Papaver somniferum - Opium : an extract from the sixth volume of the Dictionary of Economic Products of India
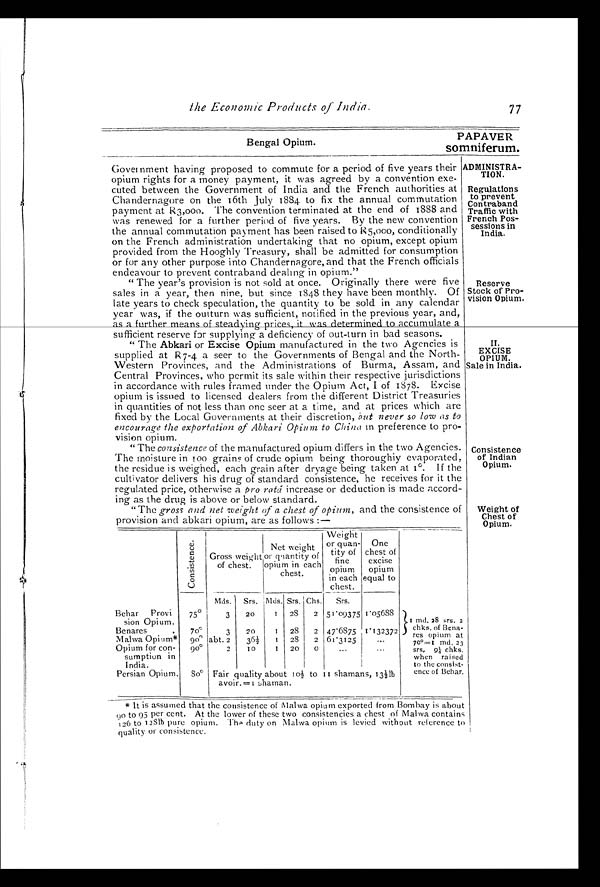
Bengal Opium.
PAPAVER
somniferum.
the Economic Products of India.
77
Government having proposed to commute for a period of five years their
opium rights for a money payment, it was agreed by a convention exe
-cuted between the Government of India and the French authorities at
Chandernagore on the 16th July 1884. to fix the annual commutation
payment at R3,000. The convention terminated at the end of 1888 and
was renewed for a further period of five years. By the new convention
the annual commutation payment has been raised to R5,000, conditionally
on the French administration undertaking that no opium, except opium
provided from the Hooghly Treasury, shall be admitted for consumption
or for any other purpose into Chandernagore, and that the French officials
endeavour to prevent contraband dealing in opium."
"The year's provision is not sold at once. Originally there were five
sales in a year, then nine, but since 1848 they have been monthly. Of
late years to check speculation, the quantity to be sold in any calendar
year was, if the outturn was sufficient, notified in the previous year, and,
as a further means of steadying prices, it was determined to accumulate a
sufficient reserve for supplying a deficiency of out-turn in bad seasons.
ADMINISTRA-
TION.
Regulations
to prevent
Contraband
Traffic with
French Po
s-sessions in
India.
Reserve
Stock of Pro-
vision Opium.
"The Abkari or Excise Opium manufactured in the two Agencies is
supplied at R7-4 a seer to the Governments of Bengal and the North-
Western Provinces, and the Administrations of Burma, Assam, and
Central Provinces, who permit its sale within their respective jurisdictions
in accordance with rules framed under the Opium Act, I of 1878. Excise
opium is issued to licensed dealers from the different District Treasuries
in quantities of not less than one seer at a time, and at prices which are
fixed by the Local Governments at their discretion, but never so low as to
encourage the exportation of Abkari Opium to China in preference to pro
-vision opium.
"The consistence of the manufactured opium differs in the two Agencies.
The moisture in 100 grains of crude opium being thoroughiy evaporated,
the residue is weighed, each grain after dryage being taken at 1°. If the
cultivator delivers his drug of standard consistence, he receives for it the
regulated price, otherwise a pro ratá increase or deduction is made accord
-ing as the drug is above or below standard.
II. EXCISE
OPIUM.
Sale in India.
Consistence
of Indian
Opium.
"The gross and net weight of a chest of opium, and the consistence of
provision and abkari opium, are as follows :—
C o n s i s t e n c e .
Gross weig h t
''
of chest.
Net weight
or quantity of
opium in each
chest.
Weight
or quan-
tity of
fine
opium
in each
chest.
One
chest of
excise of
opium
equal to
1 md. 28 srs. 2
chks. of Bena-
res opium at
70° =1 md. 23
srs,
9 ⅛ c h k s .
when raised
to the consist-
ence of Behar.
Mds. Srs. Mds. Srs. Chs. Srs.
Behar Provi-
sion Opium.
75°3 20
1 28 2 51.09375 1.05688
Benares. 70°3 20
1 28 2 47.6875 1.132372
M i a l w a O p i u m * 90°a bt. 2
36½ 1 28 2 61.3125
. . .
Opium for con-
sumption in
90°2 10
1 20 0
. . .
. . .
India.
Persian Opium.
8 0°F air quality about
1 0 ½ t o
1 1 s h a m a n s , 1 3 ½ l b
avoir.=1 shaman.
* It is assumed that the consistence of Malwa opium exported from Bombay is about
90 to 95 per cent. At the lower of these two consistencies a chest of Malwa contains
126 to 128lb pure opium. The duty on Malwa opium is levied without reference to
quality or consistence.
Weight of
Chest of
Opium.